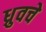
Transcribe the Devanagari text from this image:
ध्रुवचे